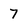
Character: 7